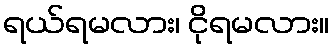
ရယ်ရမလား၊ ငိုရမလား။